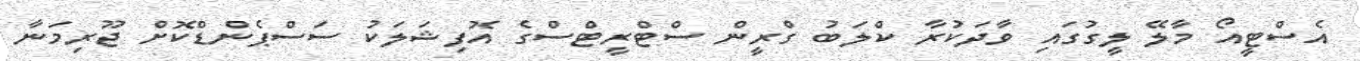
އެސްޓީއޯ މާލޭ ލީގުގައި ވާދަކުރާ ކްލަބު ގްރީން ސްޓްރީޓްސްގެ އޮފިޝަލަކު ސަސްޕެންޑްކޮށް ޖޫރިމަނާ